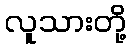
လူသားတို့